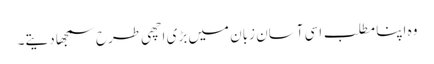
وہ اپنا مطلب اسی آسان زبان میں بڑی اچھی طرح سمجھا دیتے۔